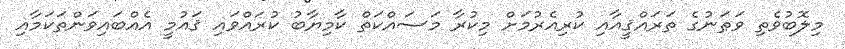
މިލޮބުވެތި ވަޠަނުގެ ތަރައްޤީއާއި ކުރިއެރުމަށް މިކުރާ މަސައްކަތް ކާމިޔާބު ކުރައްވައި ޤައުމީ އެއްބައިވަންތަކަމާއި